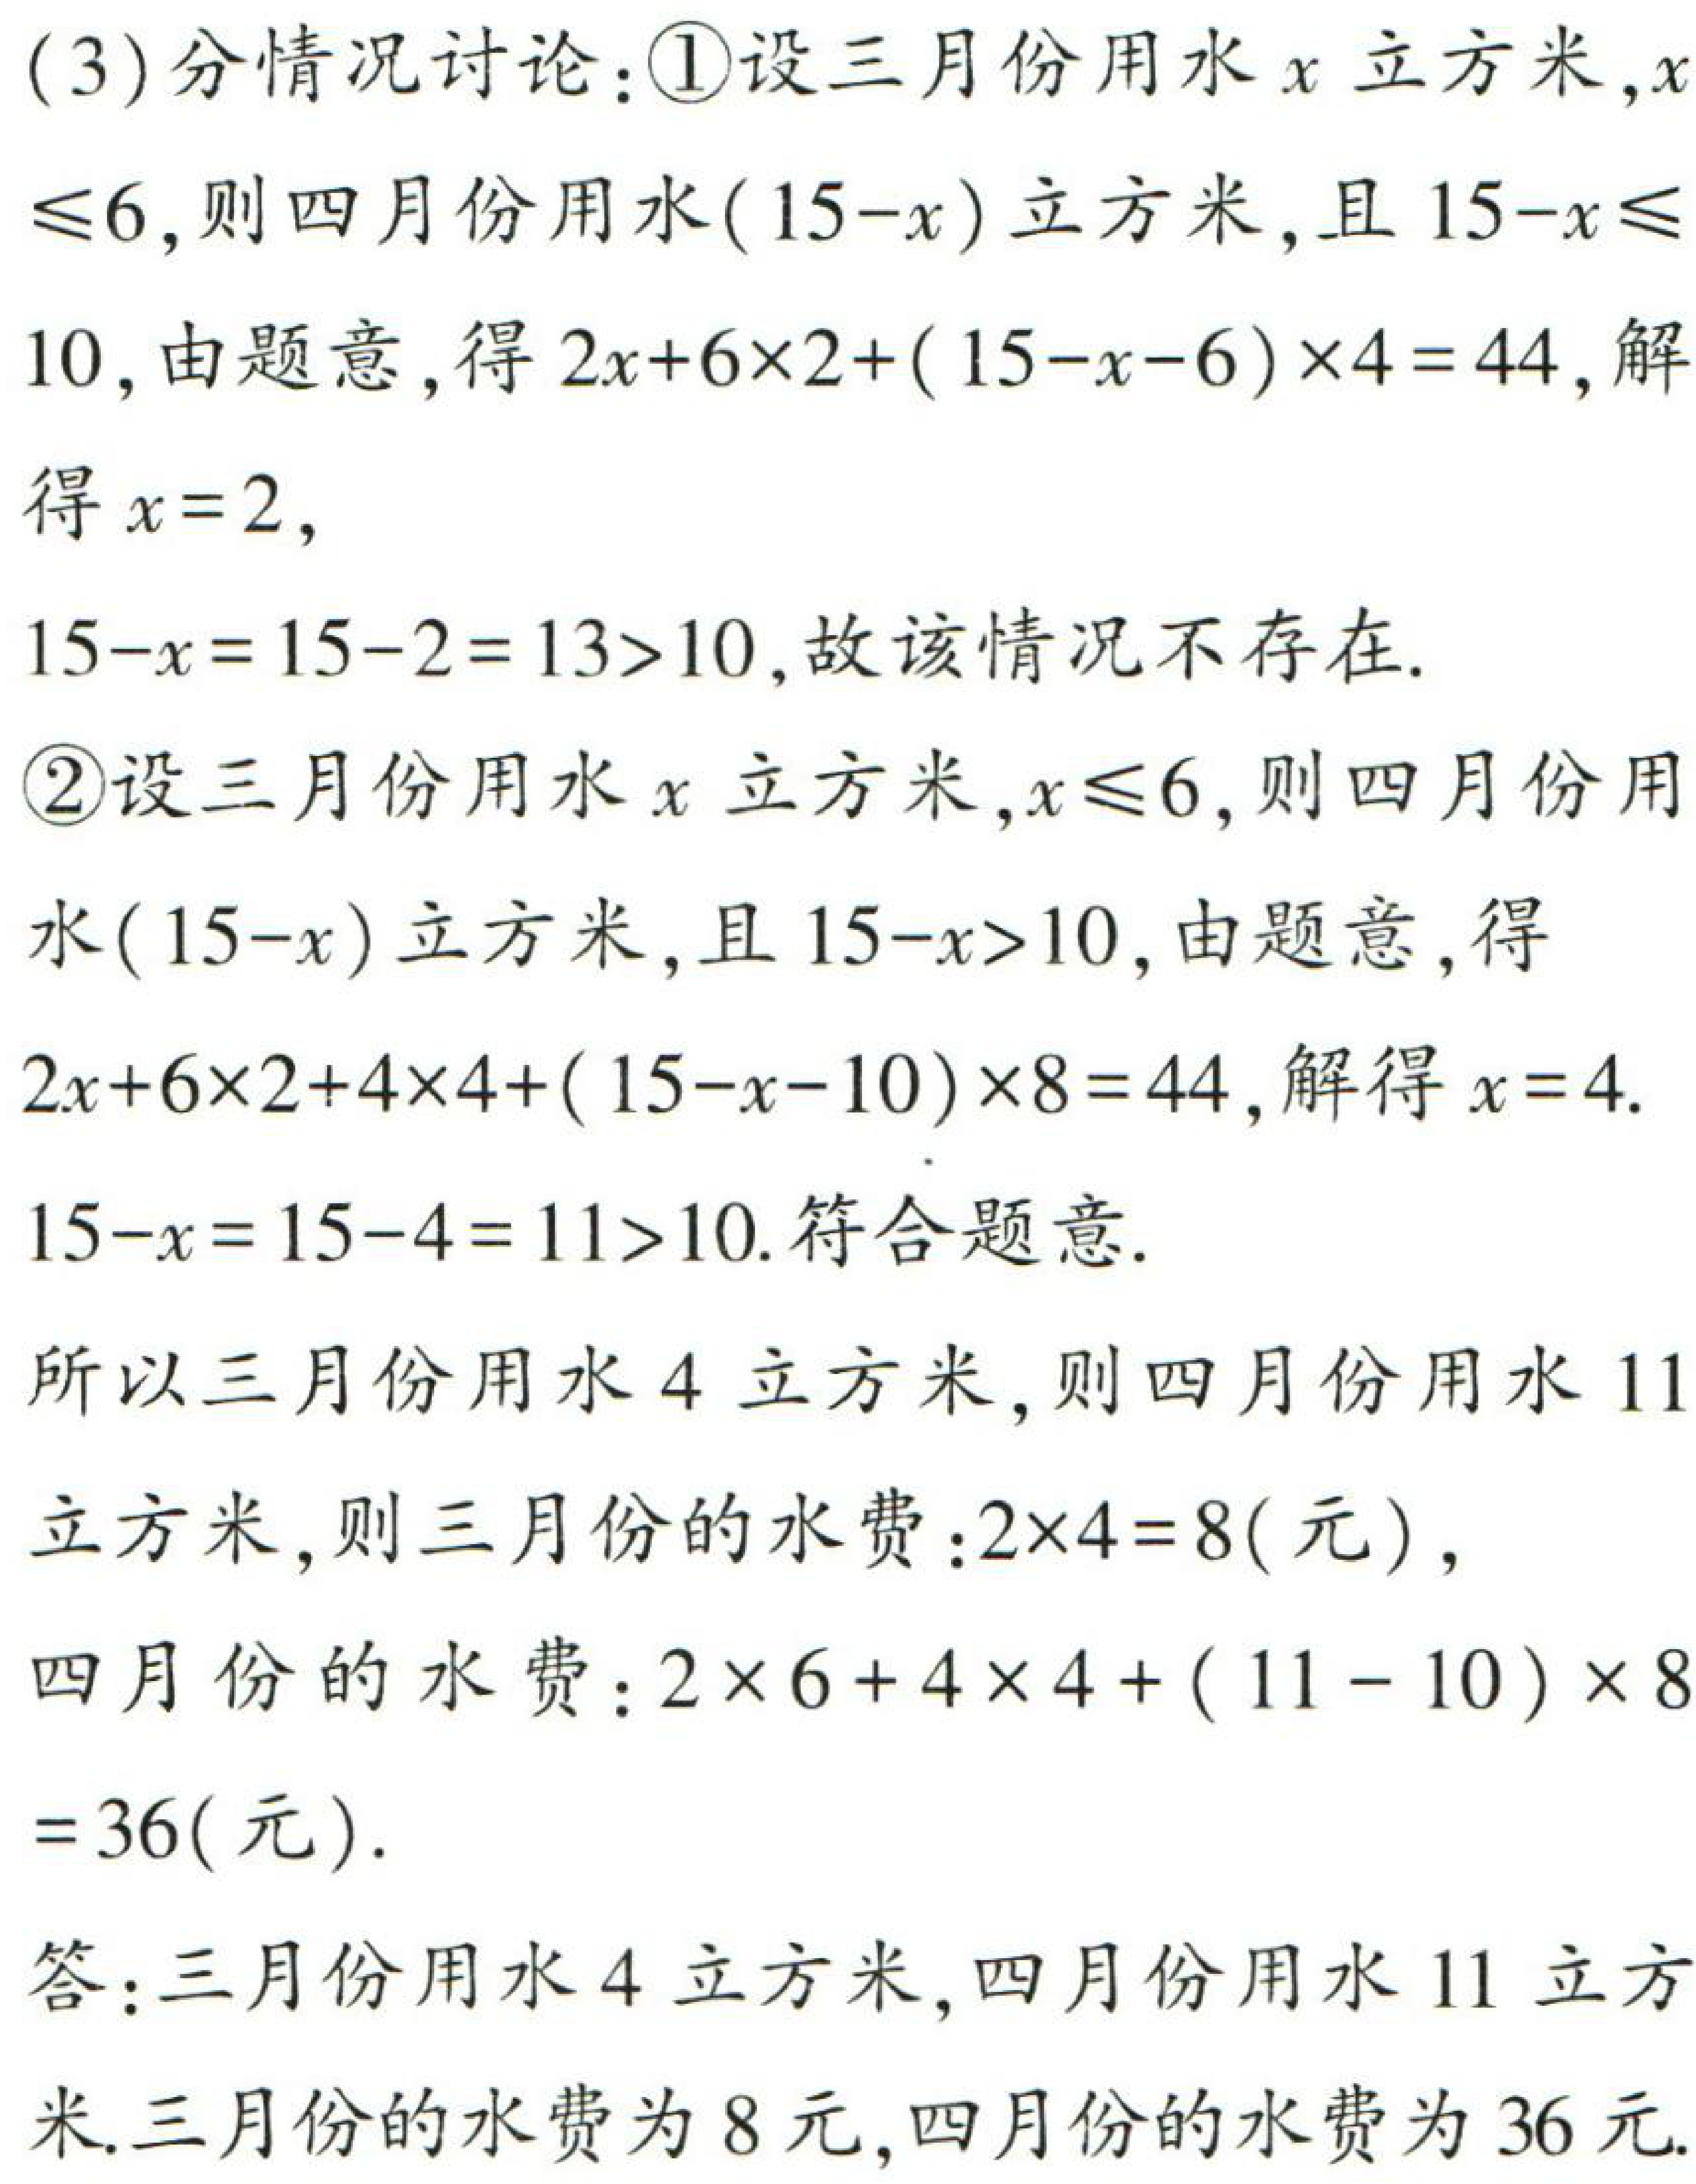
(3)分情况讨论：
\textcircled{1}设三月份用水\(x\)立方米，\(x\leqslant6\)，则四月份用水\((15 - x)\)立方米，且\(15 - x\leqslant10\)，由题意，得\(2x + 6\times2+(15 - x - 6)\times4 = 44\)，解得\(x = 2\)，
\(15 - x=15 - 2 = 13>10\)，故该情况不存在.
\textcircled{2}设三月份用水\(x\)立方米，\(x\leqslant6\)，则四月份用水\((15 - x)\)立方米，且\(15 - x>10\)，由题意，得
\(2x + 6\times2+4\times4+(15 - x - 10)\times8 = 44\)，解得\(x = 4\).
\(15 - x=15 - 4 = 11>10\). 符合题意.
所以三月份用水\(4\)立方米，则四月份用水\(11\)立方米，则三月份的水费：\(2\times4 = 8\)(元)，
四月份的水费：\(2\times6 + 4\times4+(11 - 10)\times8=36\)(元).
答：三月份用水\(4\)立方米，四月份用水\(11\)立方米. 三月份的水费为\(8\)元，四月份的水费为\(36\)元.